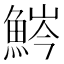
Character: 𩷒